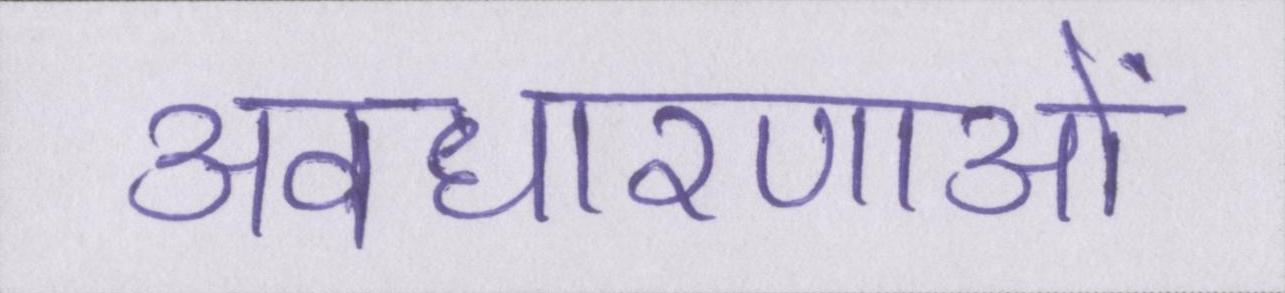
अवधारणाओं